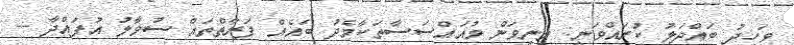
ވަހީދު ބައްދަލު ކުރައްވަނީ: މިނިވަން މުއައްސަސާތަކާމެދު ބައެއް ފަރާތްތައް ސުވާލު އުފައްދާ --